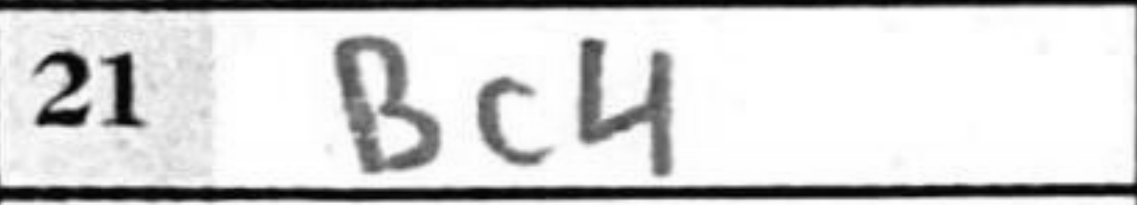
Transcription: Bc4